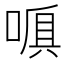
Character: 𠺍